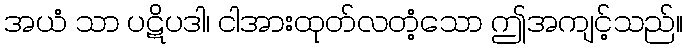
အယံ သာ ပဋိပဒါ၊ ငါအားထုတ်လတံ့သော ဤအကျင့်သည်။